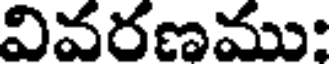
వివరణము: